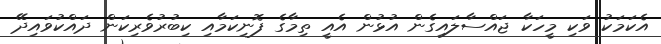
އެކަމަކު ވަކި މީހަކާ ޖައްސާލައިގެން އުޅުން އެއީ ތިމާގެ ފޮނިކަމާއި ކިބުރުވެރިކަން ދައްކުވައިދޭ